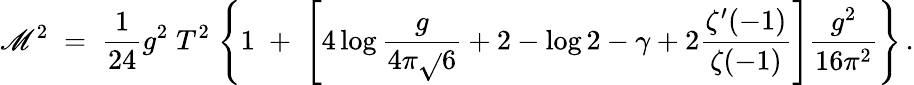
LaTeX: \mathscr{M}^{2}\; =\; {\frac{{1}}{{24}}}g^{2}\; T^{2}\; \Bigg\{ 1\; +\; \left[4\log{\frac{{g}}{{4\pi\sqrt{}{{6}}}}}+2-\log2-\gamma+2{\frac{{\zeta^{\prime}(-1)}}{{\zeta(-1)}}}\right]{\frac{{g^{2}}}{{16\pi^{2}}}}\Bigg\} \, .